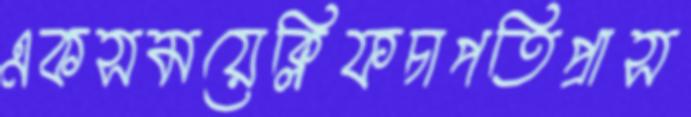
একসময়েক্লিফচাপতিপ্রাস